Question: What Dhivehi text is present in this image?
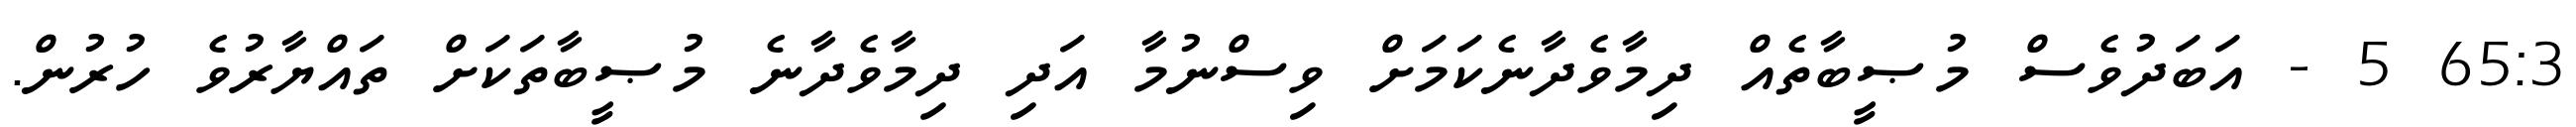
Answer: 65:3 5 - އަބަދުވެސް މުޞީބާތެއް ދިމާވެދާނެކަމަށް ވިސްނުމާ އަދި ދިމާވެދާނެ މުޞީބާތަކަށް ތައްޔާރުވެ ހުރުން.